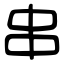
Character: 串